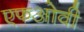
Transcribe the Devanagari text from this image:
एफओवी